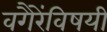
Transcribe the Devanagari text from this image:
वगैरेंविषयी